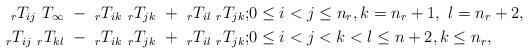
LaTeX: \begin{align*} {_rT_{ij}}\ {T_\infty}\ -\ {_rT_{ik}}\ {_rT_{jk}}\ +\ {_rT_{il}}\ {_rT_{jk}}; & 0\le i<j\le n_r,k=n_r+1,\ l= n_r+2,\\ {_rT_{ij}}\ {_rT_{kl}}\ -\ {_rT_{ik}}\ {_rT_{jk}}\ +\ {_rT_{il}}\ {_rT_{jk}}; & 0\le i<j< k<l\le n+2,k\le n_r, \end{align*}